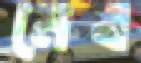
মেষ